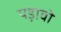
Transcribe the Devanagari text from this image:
पड़ावो